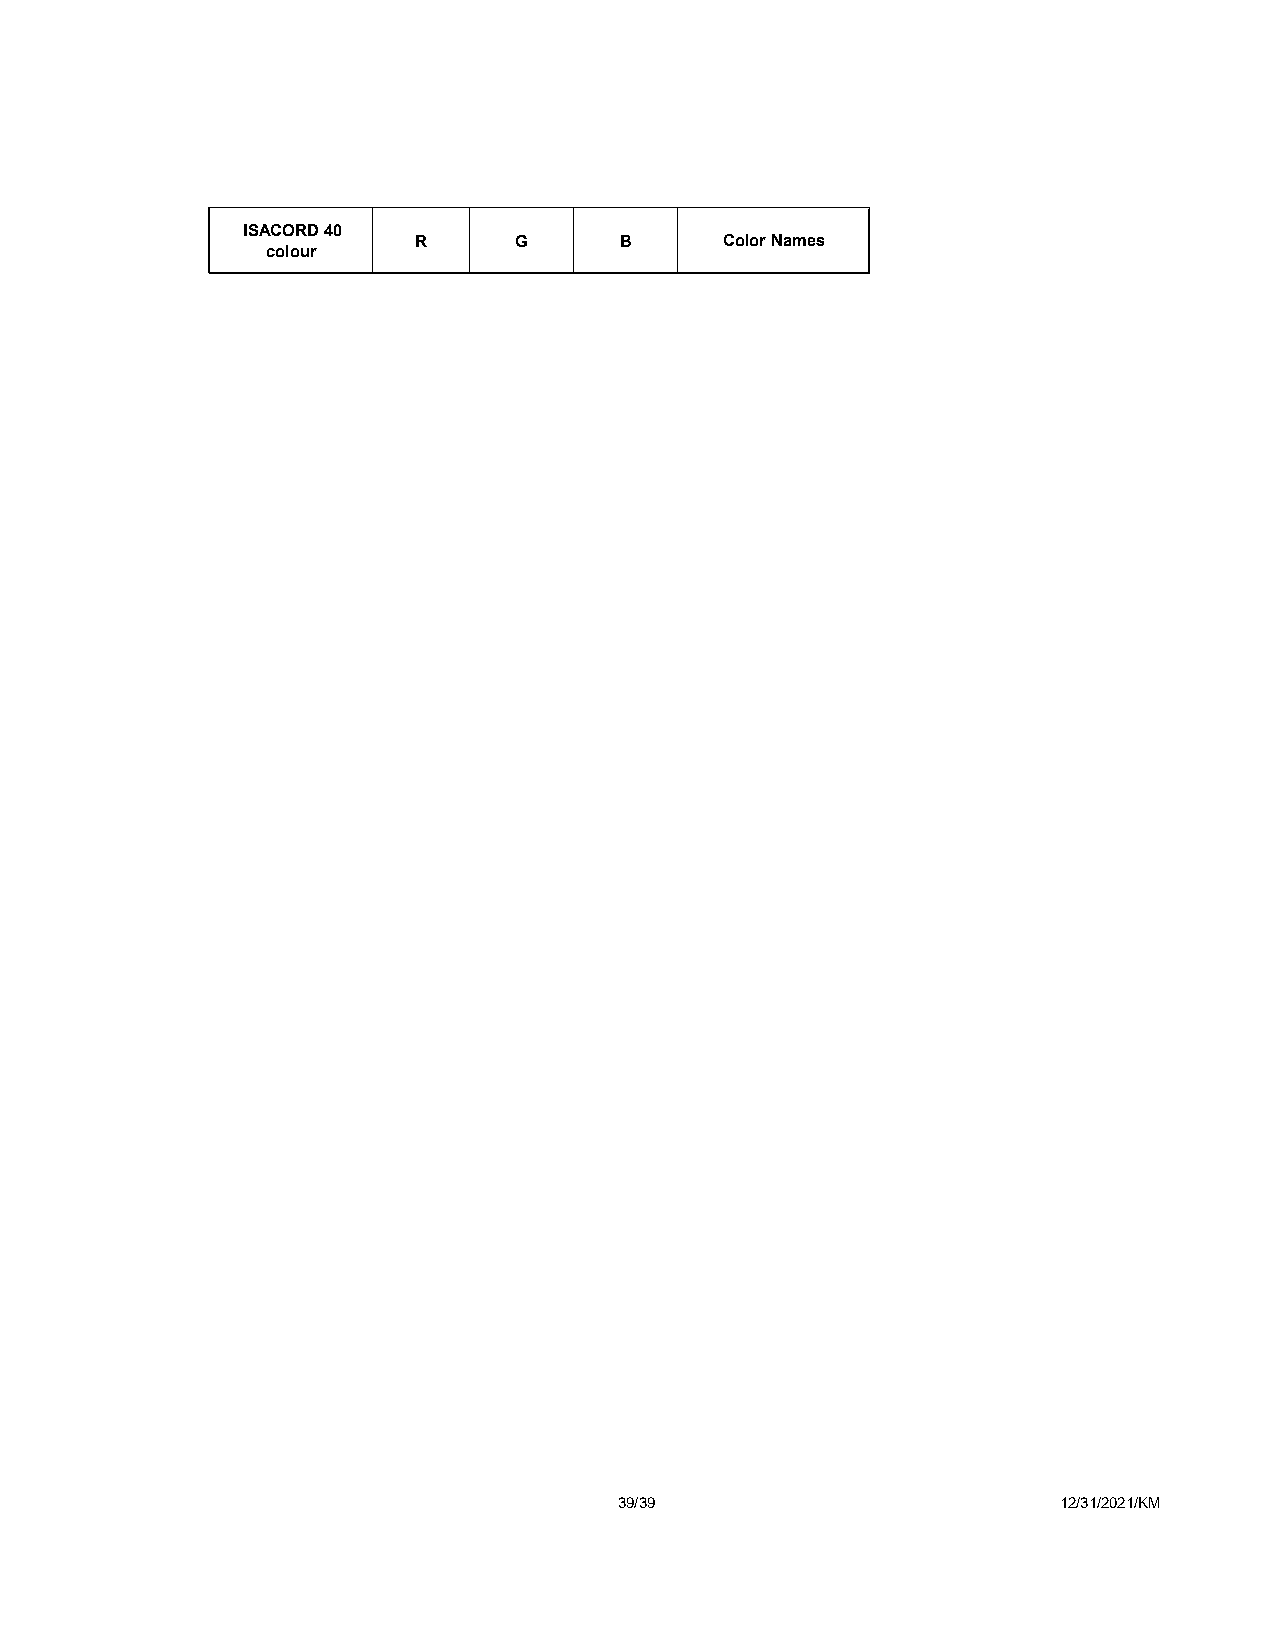
ISACORD 40
 R      G      B      Color Names
 colour
 39/39                        12/31/2021/KM